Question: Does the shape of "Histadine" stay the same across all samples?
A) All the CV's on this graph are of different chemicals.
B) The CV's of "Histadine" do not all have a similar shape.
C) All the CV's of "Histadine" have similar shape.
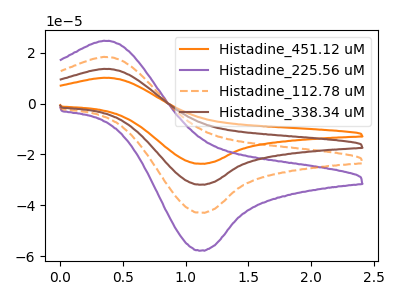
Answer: <think>The orange curve "Histadine_451.12 uM" has an anodic peak at (0.40V, 54.70uA) and a cathodic peak at (1.10V, -128.60uA). The purple curve "Histadine_225.56 uM" has an anodic peak at (0.40V, 24.55uA) and a cathodic peak at (1.10V, -57.70uA). The orange dashed curve "Histadine_112.78 uM" has an anodic peak at (0.40V, 18.25uA) and a cathodic peak at (1.10V, -42.85uA). The brown curve "Histadine_338.34 uM" has an anodic peak at (0.40V, 36.45uA) and a cathodic peak at (1.10V, -85.75uA).
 All the peaks in "Histadine_451.12 uM" have a peak in "Histadine_225.56 uM" at the same potential. Every peak in "Histadine_451.12 uM" is higher than every peak in "Histadine_225.56 uM". All the peaks in "Histadine_451.12 uM" have a peak in "Histadine_112.78 uM" at the same potential. Every peak in "Histadine_451.12 uM" is higher than every peak in "Histadine_112.78 uM". All the peaks in "Histadine_451.12 uM" have a peak in "Histadine_338.34 uM" at the same potential. Every peak in "Histadine_451.12 uM" is higher than every peak in "Histadine_338.34 uM". All the peaks in "Histadine_225.56 uM" have a peak in "Histadine_112.78 uM" at the same potential. Every peak in "Histadine_225.56 uM" is higher than every peak in "Histadine_112.78 uM". All the peaks in "Histadine_225.56 uM" have a peak in "Histadine_338.34 uM" at the same potential. Every peak in "Histadine_225.56 uM" is lower than every peak in "Histadine_338.34 uM". All the peaks in "Histadine_112.78 uM" have a peak in "Histadine_338.34 uM" at the same potential. Every peak in "Histadine_112.78 uM" is lower than every peak in "Histadine_338.34 uM".</think>
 <answer>C) All the CV's of "Histadine" have similar shape.</answer>
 <eval>C</eval>